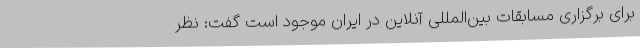
برای برگزاری مسابقات بین‌المللی آنلاین در ایران موجود است گفت: نظر